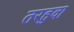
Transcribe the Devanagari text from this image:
तरहुवा